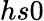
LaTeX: hs0